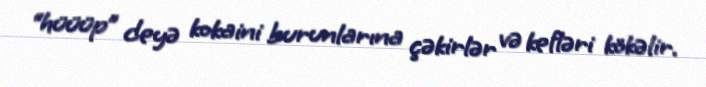
“hüüüp” deyə kokaini burunlarına çəkirlər və kefləri kökəlir.